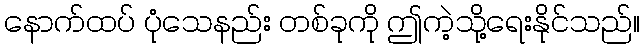
နောက်ထပ် ပုံသေနည်း တစ်ခုကို ဤကဲ့သို့ရေးနိုင်သည်။